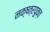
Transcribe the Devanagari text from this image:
नक्षत्रयुक्त